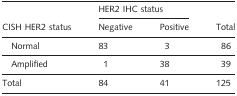
|  | <COLSPAN=2> HER2 IHC status |  |
 | FISH HER2 status | Negative | Positive | Total |
 | --- | --- | --- | --- |
 | Normal | 83 | 3 | 86 |
 | Amplified | 1 | 38 | 39 |
 | Total | 84 | 41 | 125 |